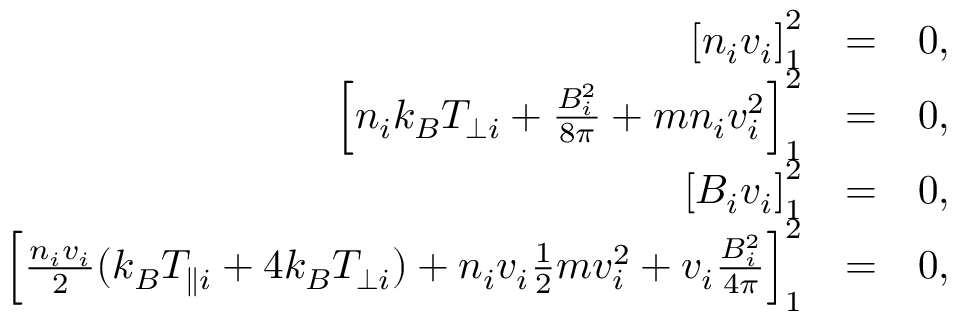
\begin{array} { r l r } { \left[ n _ { i } v _ { i } \right] _ { 1 } ^ { 2 } } & { = } & { 0 , } \\ { \left[ n _ { i } k _ { B } T _ { \perp i } + \frac { B _ { i } ^ { 2 } } { 8 \pi } + m n _ { i } v _ { i } ^ { 2 } \right] _ { 1 } ^ { 2 } } & { = } & { 0 , } \\ { \left[ B _ { i } v _ { i } \right] _ { 1 } ^ { 2 } } & { = } & { 0 , } \\ { \left[ \frac { n _ { i } v _ { i } } { 2 } ( k _ { B } T _ { \parallel i } + 4 k _ { B } T _ { \perp i } ) + n _ { i } v _ { i } \frac { 1 } { 2 } m v _ { i } ^ { 2 } + v _ { i } \frac { B _ { i } ^ { 2 } } { 4 \pi } \right] _ { 1 } ^ { 2 } } & { = } & { 0 , } \end{array}